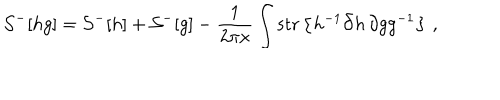
{ \cal S } ^ { - } [ h g ] = { \cal S } ^ { - } [ h ] + { \cal S } ^ { - } [ g ] - \frac { 1 } { 2 \pi x } \int \mathrm { s t r } \left\{ h ^ { - 1 } \bar { \partial } h \, \partial g g ^ { - 1 } \right\} \, ,